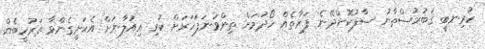
ކުރިނބީ ޤަބުރުސްތާނު ސާފުކޮށްދޭނެ ފަރާތެއް ހޯދުމަށް ތިންވަނަފަހަރަށް ކުރި އިއުލާނަށް އެކަށީގެންވާ ތަރުހީބެއް